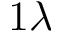
1 \lambda